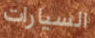
السيارات